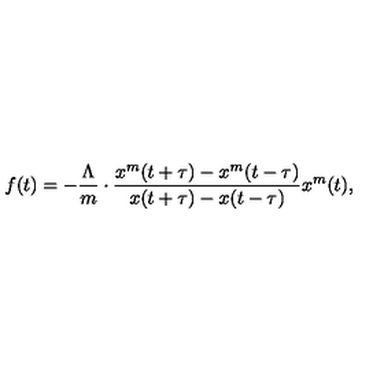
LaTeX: f ( t ) = - \frac { \Lambda } { m } \cdot \frac { x ^ { m } ( t + \tau ) - x ^ { m } ( t - \tau ) } { x ( t + \tau ) - x ( t - \tau ) } x ^ { m } ( t ) ,